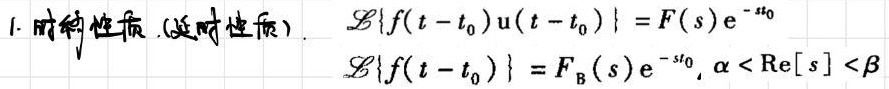
1. 时移性质 (延时性质)
\[
\begin{align*}
\mathcal{L}\{f(t - t_0)u(t - t_0)\} &= F(s)\mathrm{e}^{-st_0}\\
\mathcal{L}\{f(t - t_0)\} &= F_{\mathrm{B}}(s)\mathrm{e}^{-st_0}, \alpha < \mathrm{Re}[s] < \beta
\end{align*}
\]